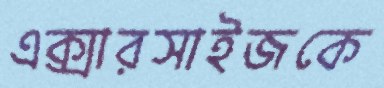
এক্সারসাইজকে